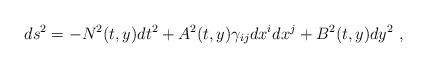
LaTeX: \begin{align*}ds^{2} = -N^{2}(t,y) dt^{2} +A^{2}(t,y)\gamma_{ij}dx^{i}dx^{j} +B^{2}(t,y)dy^{2}\ ,\end{align*}